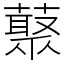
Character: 藂